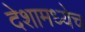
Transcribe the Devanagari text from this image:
देशामध्येच